Civil Veterinary Department. Madras. Admin. report 1926-33 - 1926-1933
Year: 1926
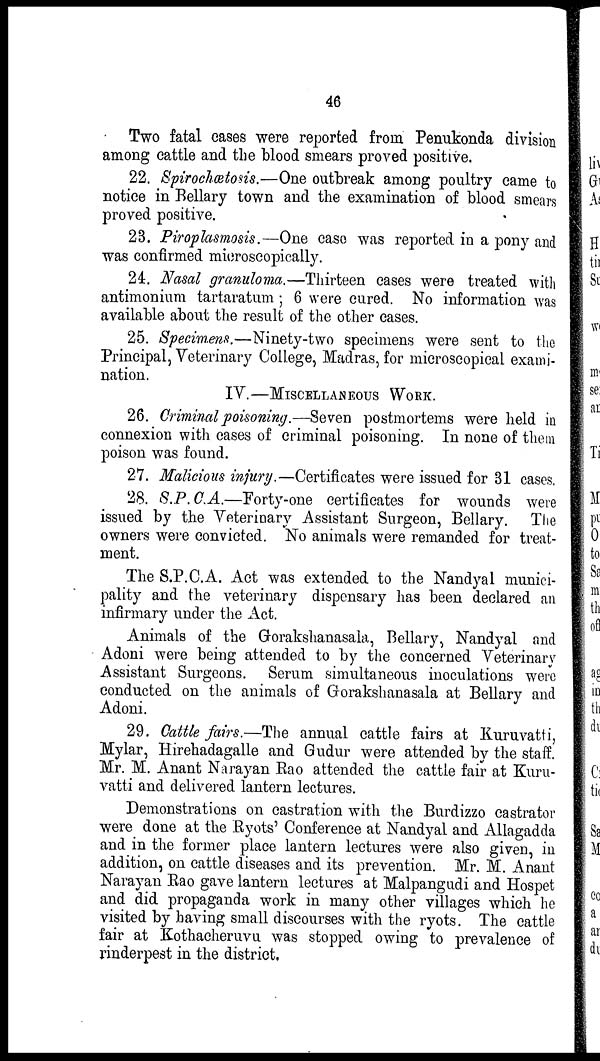
46
Two fatal eases were reported from Penukonda division
among cattle and the blood smears proved positive.
22. Spirochetosis.—One outbreak among poultry came to
notice in Bellary town and the examination of blood smears
proved positive.
23. Piroplasmosis.—One case was reported in a pony and
was confirmed microscopically.
24. Nasal granuloma.—Thirteen cases were treated with
antimonium tartaratum ; 6 were cured. No information was
available about the result of the other cases.
25. Specimens.—Ninety-two specimens were sent to the
Principal, Veterinary College, Madras, for microscopical exami-
nation.
IV.—MISCELLANEOUS WORK.
26. Criminal poisoning.—Seven postmortems were held in
connexion with cases of criminal poisoning. In none of them
poison was found.
27. Malicious injury.—Certificates were issued for 31 cases.
28. S.P.C.A.—Forty-one
certificates for wounds were
issued by the Veterinary Assistant Surgeon, Bellary. The
owners were convicted. No animals were remanded for treat-
ment.
The S.P.C.A. Act was extended to the Nandyal munici-
pality and the veterinary dispensary has been declared an
infirmary under the Act.
Animals of the Gorakshanasala, Bellary, Nandyal and
Adoni were being attended to by the concerned Veterinary
Assistant Surgeons. Serum simultaneous inoculations were
conducted on the animals of Gorakshanasala at Bellary and
Adoni.
29. Cattle fairs.—The annual cattle fairs at Kuruvatti,
Mylar, Hirehadagalle and Gudur were attended by the staff.
Mr. M. Anant Narayan Rao attended the cattle fair at Kuru-
vatti and delivered lantern lectures.
Demonstrations on castration with the Burdizzo castrator
were done at the Ryots' Conference at Nandyal and Allagadda
and in the former place lantern lectures were also given, in
addition, on cattle diseases and its prevention. Mr. M. Anant
Narayan Rao gave lantern lectures at Malpangudi and Hospet
and did propaganda work in many other villages which he
visited by having small discourses with the ryots. The cattle
fair at Kothacheruvu was stopped owing to prevalence of
rinderpest in the district.